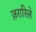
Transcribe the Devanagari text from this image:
ज़रारिले